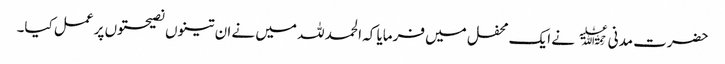
حضرت مدنی﷫ نے ایک محفل میں فرمایا کہ الحمد للہ میں نے ان تینوں نصیحتوں پر عمل کیا۔